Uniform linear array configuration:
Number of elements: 64
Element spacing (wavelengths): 1
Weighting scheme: binomial
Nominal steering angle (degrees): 60
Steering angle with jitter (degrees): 58.711
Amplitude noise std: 0.05
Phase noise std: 0.05

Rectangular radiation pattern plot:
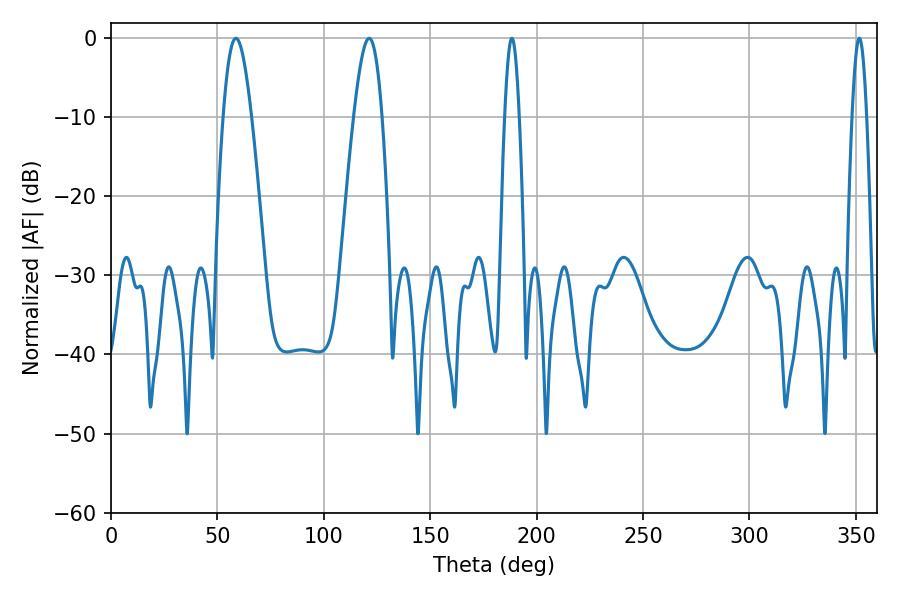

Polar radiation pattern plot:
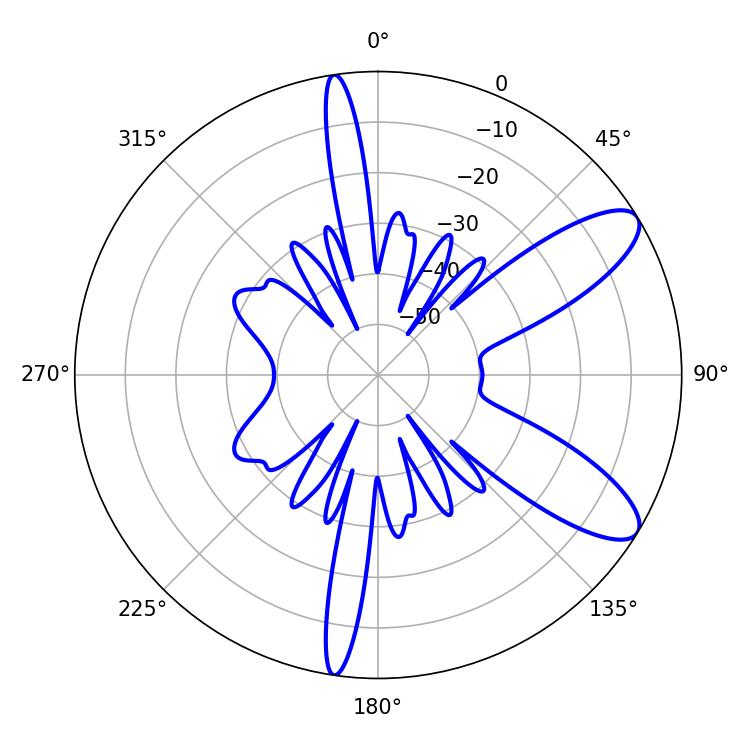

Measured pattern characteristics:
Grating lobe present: TRUE
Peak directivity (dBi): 9.731
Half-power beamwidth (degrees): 7.2
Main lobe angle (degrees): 58.68